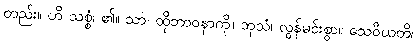
တည်း။ ဟိ သစ္စံ၊ ၏။ သာ၊ ထိုဘာဝနာကို။ ဘုသံ၊ လွန်မင်းစွာ။ သေဝီယတိ၊